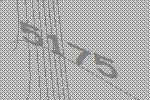
5175